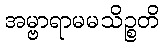
အမ္ဗာရာမမသိဉ္စတိ